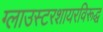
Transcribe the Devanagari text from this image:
ग्लाउस्टरशायरविरूद्ध